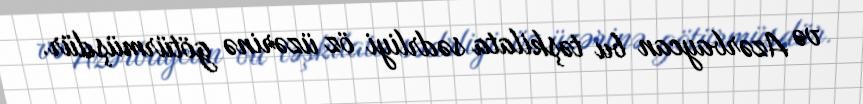
və Azərbaycan bu təşkilata sədrliyi öz üzərinə götürmüşdür.